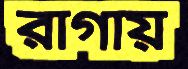
রাগায়